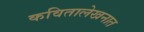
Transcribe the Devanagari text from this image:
कवितालेखनात